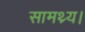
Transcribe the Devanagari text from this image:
सामथ्र्य।